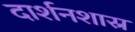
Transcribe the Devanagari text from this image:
दार्शनशास्र